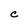
Character: C